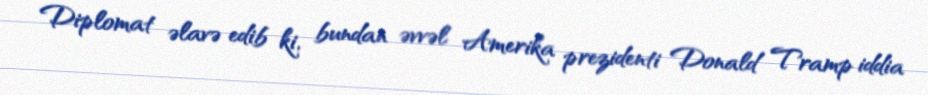
Diplomat əlavə edib ki, bundan əvvəl Amerika prezidenti Donald Tramp iddia